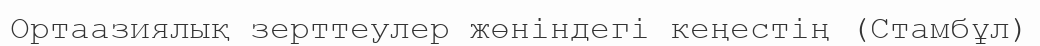
Ортаазиялық зерттеулер жөніндегі кеңестің (Стамбұл)